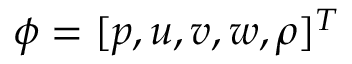
\phi = [ p , u , v , w , \rho ] ^ { T }